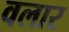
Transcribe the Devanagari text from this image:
वलार